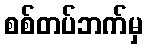
စစ်တပ်ဘက်မှ